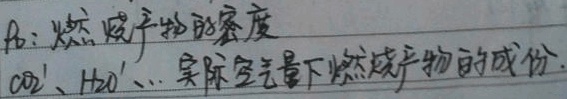
\(p_{2}\)：燃烧产物的密度\(CO_{2}'、H_{2}O'\)、\(\cdots\) 为实际空气量下燃烧产物的成份。